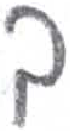
אות: ד